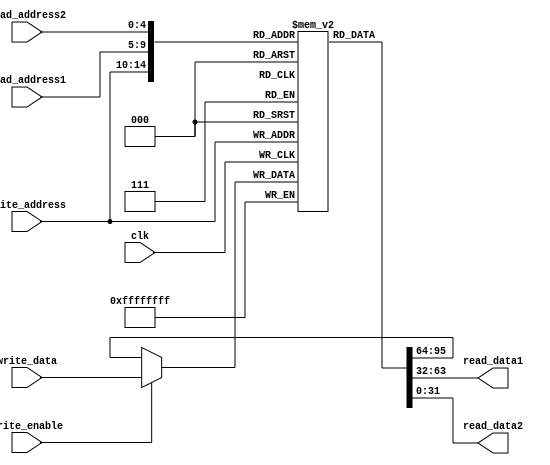
module RegisterFile(
  input clk,
  input write_enable,
  input [4:0]read_address1,
  input [4:0]read_address2,
  input [4:0]write_address,
  input [31:0]write_data,
  output [31:0]read_data1,
  output [31:0]read_data2
);

  reg [31:0]registeries[0:31];

  always @(posedge clk) begin
    registeries[write_address] <= write_enable ? write_data : registeries[write_address];
  end

  assign read_data1 = registeries[read_address1];
  assign read_data2 = registeries[read_address2];

  initial begin
    registeries[0] = 32'd10;
    registeries[1] = 32'd5;    
  end
endmodule